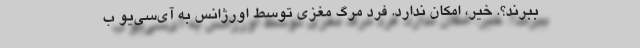
ببرند؟. خیر، امکان ندارد. فرد مرگ مغزی توسط اورژانس به آی‌سی‌یو ب